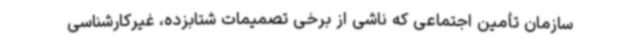
سازمان تأمین ‌اجتماعی که ناشی از برخی تصمیمات شتابزده، غیرکارشناسی